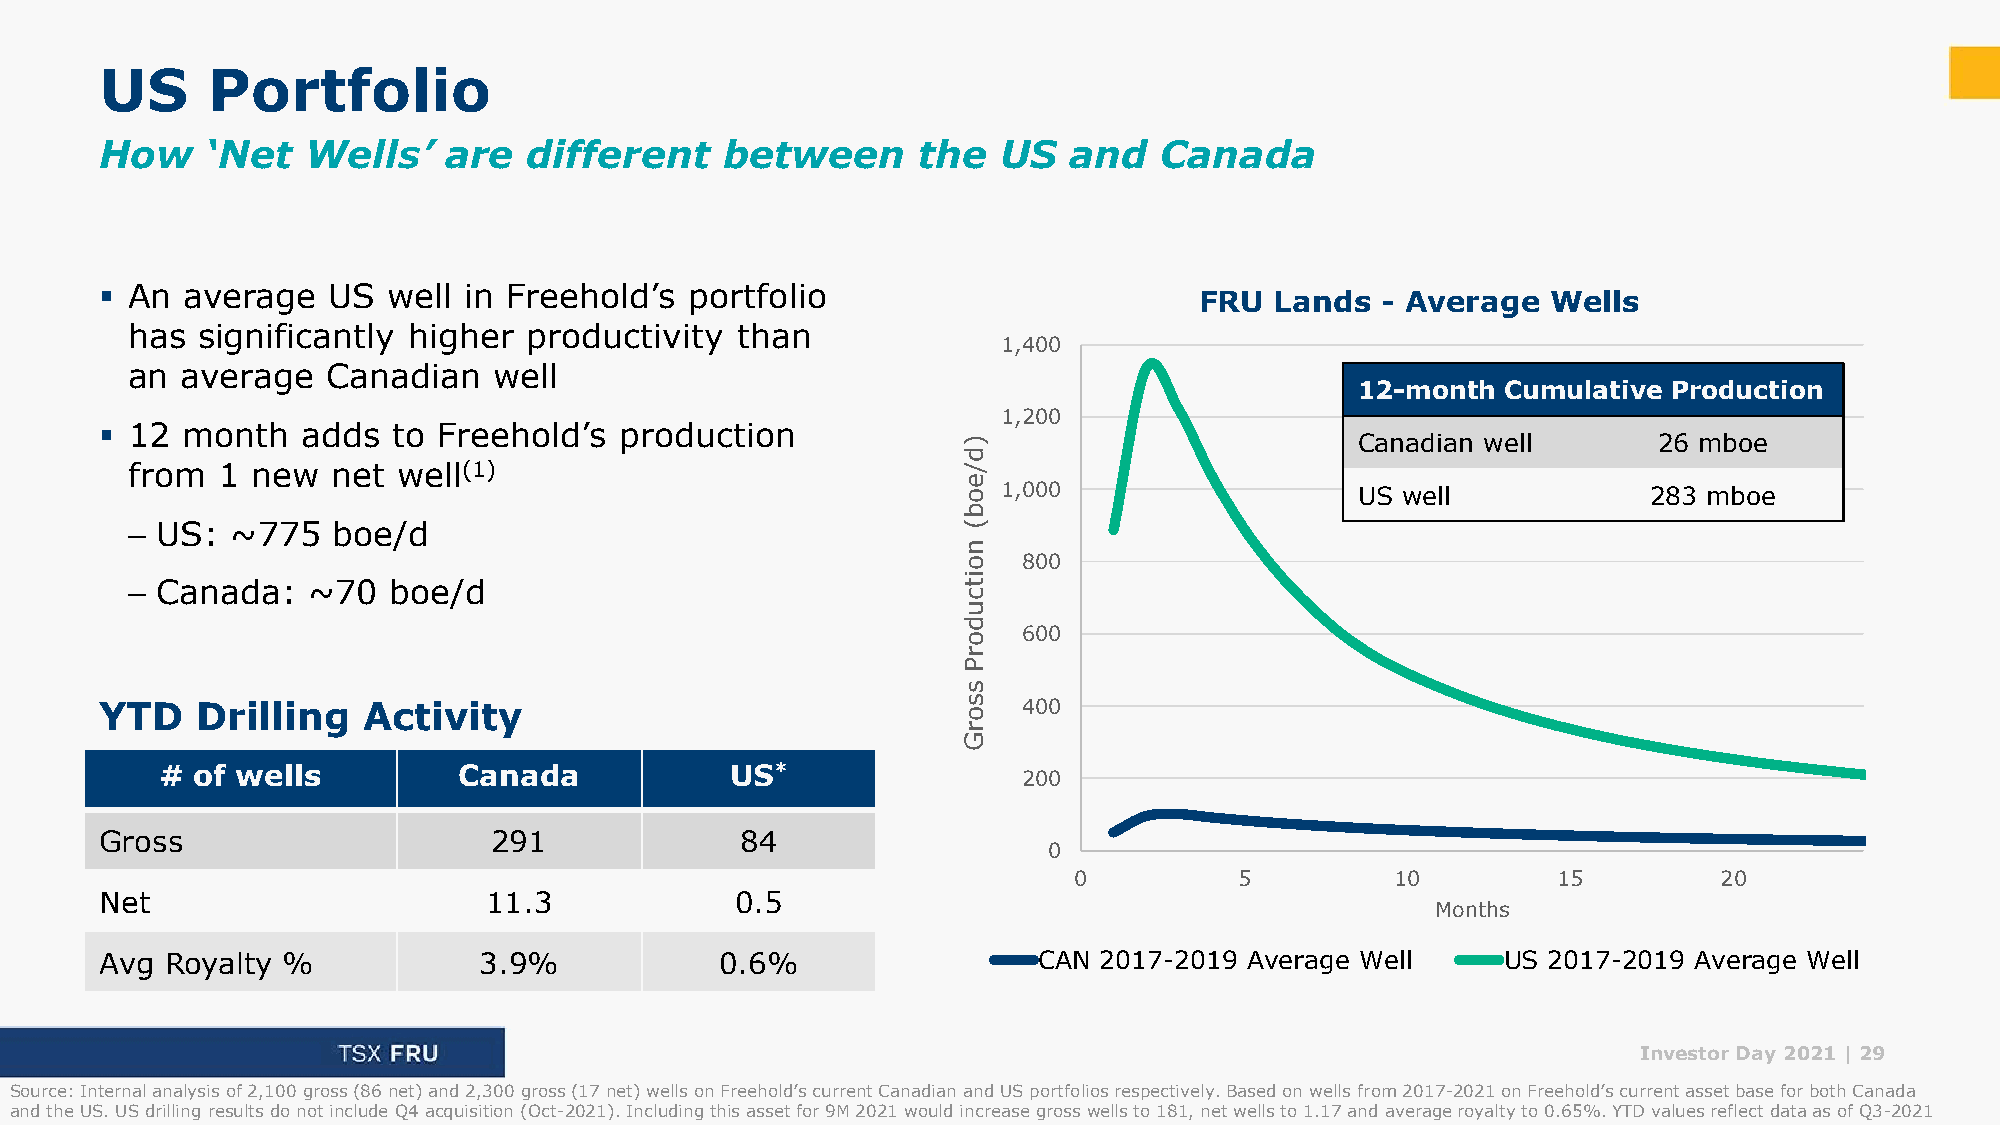
US     Portfolio
 How    ‘Net  Wells’   are   different    between      the  US   and   Canada
 ▪ An average   US  well in Freehold’s  portfolio
 FRU  Lands  - Average   Wells
 has  significantly higher  productivity  than
 1,400
 an  average   Canadian   well
 12-month  Cumulative Production
 1,200
 ▪ 12 month   adds  to Freehold’s  production
 )                         Canadian well       26 mboe
 d
 from  1  new  net well(1)                               /
 e
 o 1,000                   US well            283 mboe
 b
 – US:  ~775   boe/d                                     (
 n
 o   800
 i
 – Canada:   ~70   boe/d                                 t
 c
 u
 d
 o   600
 r
 P
 s
 YTD   Drilling   Activity                                s o 400
 r
 G
 # of wells         Canada            US*
 200
 Gross                     291             84
 0
 0          5         10         15         20
 Net                      11.3             0.5
 Months
 Avg Royalty %            3.9%            0.6%                 CAN 2017-2019 Average Well     US 2017-2019 Average Well
 Investor Day 2021 |29
 Source: Internal analysis of 2,100 gross (86 net) and 2,300 gross (17 net) wells on Freehold’s current Canadian and US portfolios respectively. Based on wells from 2017-2021 on Freehold’s current asset base for both Canada
 and the US. US drilling results do not include Q4 acquisition (Oct-2021). Including this asset for 9M 2021 would increase gross wells to 181, net wells to 1.17 and average royalty to 0.65%. YTD values reflect data as of Q3-2021